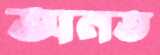
অনত